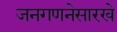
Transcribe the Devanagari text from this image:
जनगणनेसारखे